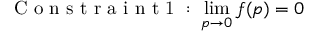
\mathrm { ~ C ~ o ~ n ~ s ~ t ~ r ~ a ~ i ~ n ~ t ~ 1 ~ : ~ } \operatorname* { l i m } _ { p \to 0 } f ( p ) = 0